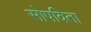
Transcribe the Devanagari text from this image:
सोपविता